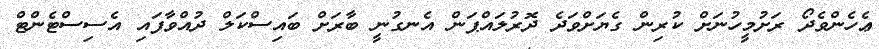
ޢެހެންވެދޯ ރަށުމީހުނަށް ކުރިން ގެޔަށްވަދެ ދޮރުލައްޕަން އެނގުނީ ބާރަށް ބައިސްކަލް ދުއްވާފައި އެސިސްޓެންޓް